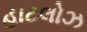
હાટલોઝ